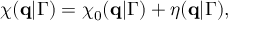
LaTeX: \chi ( \mathbf { q } | \Gamma ) = \chi _ { 0 } ( \mathbf { q } | \Gamma ) + \eta ( \mathbf { q } | \Gamma ) ,